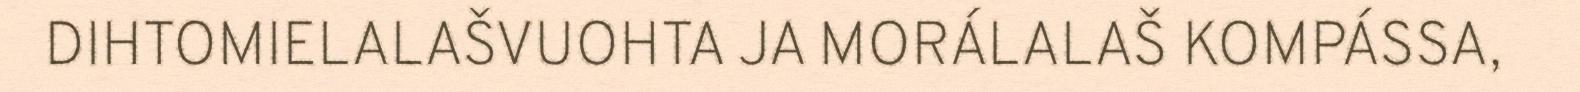
DIHTOMIELALAŠVUOHTA JA MORÁLALAŠ KOMPÁSSA,